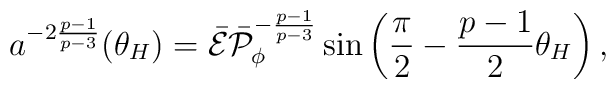
a^{-2{{p-1}\over{p-3}}}(\theta_H)=\bar{\cal E}\bar{\cal P}^{-{{p-1}\over{p-3}}}_{\phi}\sin\left({\pi\over 2}-{{p-1}\over 2}\theta_H\right),